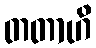
တတာဟိ